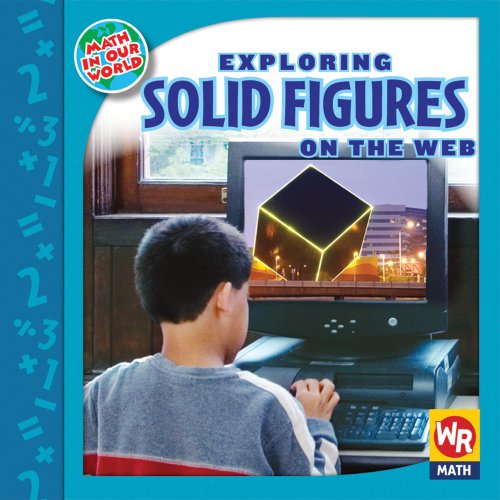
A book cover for Exploring Solid Figures on the Web (Math in Our World Level 3); Linda Bussell; Children's Books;